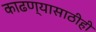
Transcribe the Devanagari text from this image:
काढण्यासाठीही